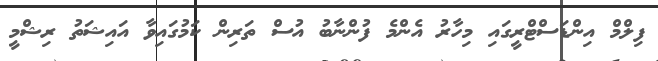
ފިލްމް އިންޑަސްޓްރީގައި މިހާރު އެންމެ ފުންނާބު އުސް ތަރިން ކަމުގައިވާ އައިޝަތު ރިޝްމީ